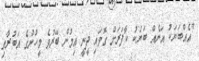
"އެއްބަޔަކު އަނެއް ބަޔަކު ކާފަރަށް ގޮވައި ދީނީ އިމުން ބޭރުވެ މީހުންގެ އަބުރާއި